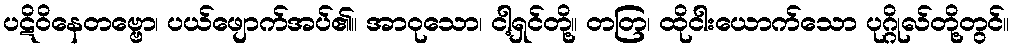
ပဋိဝိနေတဗ္ဗော၊ ပယ်ဖျောက်အပ်၏။ အာဝုသော၊ ငါ့ရှင်တို့။ တတြ၊ ထိုငါးယောက်သော ပုဂ္ဂိုလ်တို့တွင်။